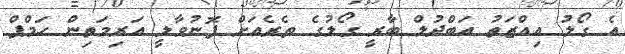
އެ ގޯލު އިއްޒަތު އަބްދުލް ބާރީ ގޯލުގެ ތެރެއަށް ފޮނުވާލީ އަރިމަތިން ހަމްޕް